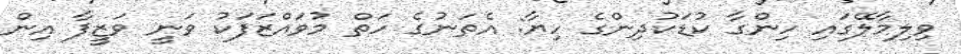
ވިލިމާލޭގައި ހިންގާ ކުޑަކުދިންގެ ހިޔާ: އެތަނުގެ ހަތް މުވައްޒަފަކު ވަނީ ވަޒީފާ އިން